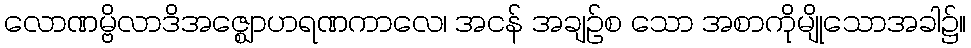
လောဏမ္ဗိလာဒိအဇ္ဈောဟရဏကာလေ၊ အငန် အချဉ်စ သော အစာကိုမျိုသောအခါ၌။